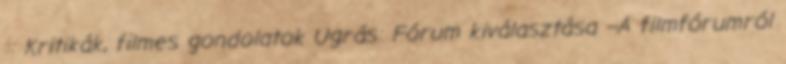
:: Kritikák, filmes gondolatok Ugrás: Fórum kiválasztása --A filmfórumról